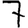
Digit: 7